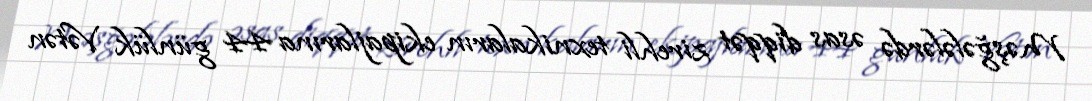
Məşğələlərdə əsas diqqət zirehli texnikaların ekipajlarına 44 günlük Vətən